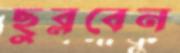
ছুব্‌লবেন